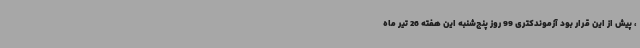
، پیش از این قرار بود آزموندکتری 99 روز پنج‌شنبه این هفته 26 تیر ماه